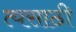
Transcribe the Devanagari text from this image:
त्यसाठी